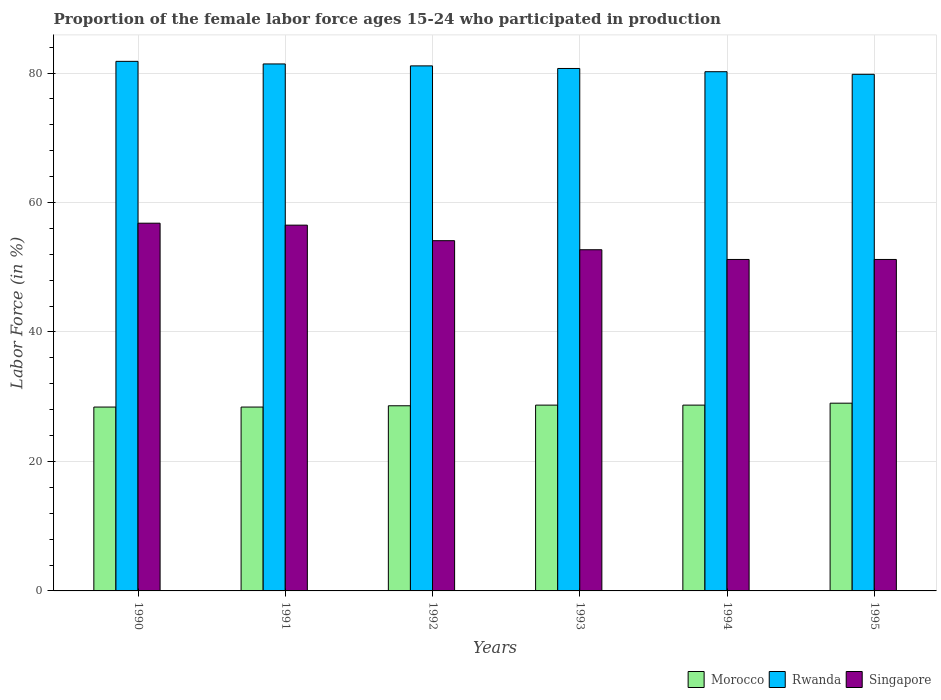
| Years | Morocco | Rwanda | Singapore |
 | --- | --- | --- | --- |
 | 1990 | 28.4 | 81.8 | 56.8 |
 | 1991 | 28.4 | 81.4 | 56.5 |
 | 1992 | 28.6 | 81.1 | 54.1 |
 | 1993 | 28.7 | 80.7 | 52.7 |
 | 1994 | 28.7 | 80.2 | 51.2 |
 | 1995 | 29 | 79.8 | 51.2 |